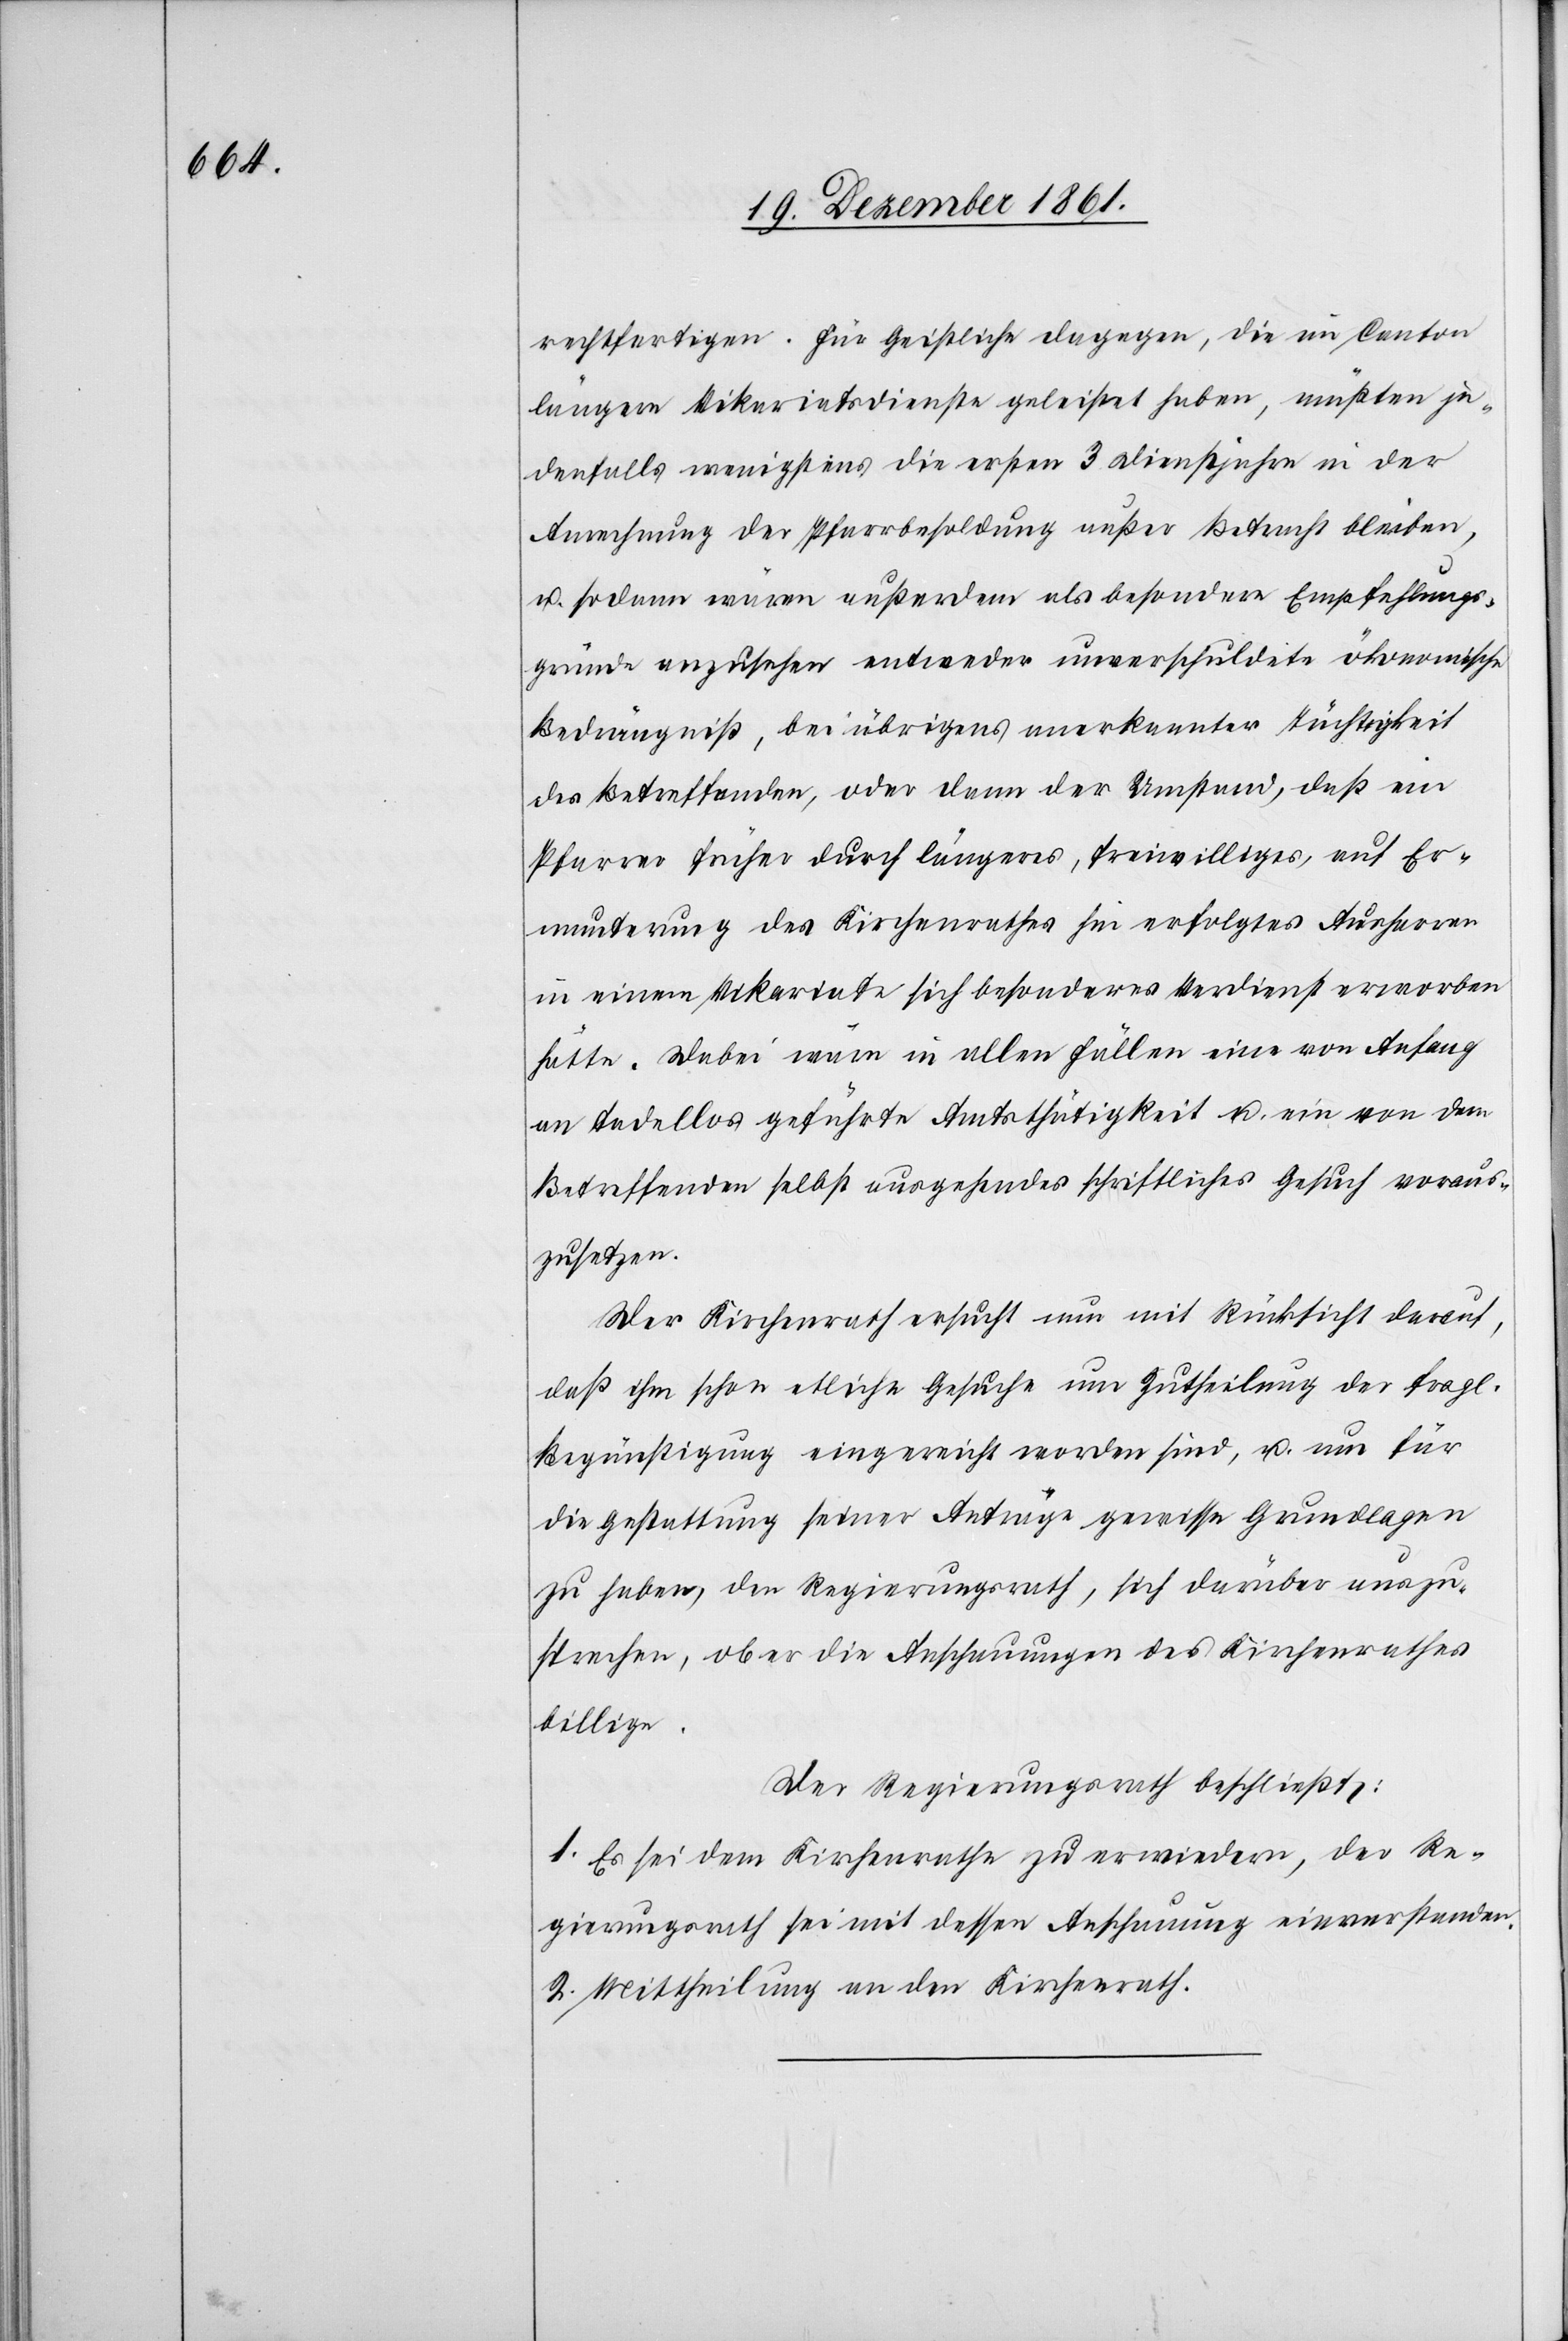
rechtfertigen. Für Geistliche dagegen, die im Canton
längere Vikariatsdienste geleistet haben, müßten je¬
denfalls wenigstens die ersten 3 Dienstjahre in der
Anrechnung der Pfarrbesoldung außer Betracht bleiben,
u. sodann wären außerdem als besondere Empfehlungs¬
gründe anzusehen entweder unverschuldete ökonomische
Bedrängniß, bei übrigens anerkannter Tüchtigkeit
des Betreffenden, oder dann der Umstand, daß ein
Pfarrer früher durch längeres, freiwilliges, auf Er¬
munterung des Kirchenrathes hin erfolgtes Ausharren
in einem Vikariate sich besonderes Verdienst erworben
hätte. Dabei wäre in allen Fällen eine von Anfang
an tadellos geführte Amtsthätigkeit u. ein von dem
Betreffenden selbst ausgehendes schriftliches Gesuch voraus¬
zusetzen.
Der Kirchenrath ersucht nun mit Rücksicht darauf,
daß ihm schon etliche Gesuche um Zutheilung der fragl.
Begünstigung eingereicht worden sind, u. um für
die Gestattung seiner Anträge gewisse Grundlagen
zu haben, den Regierungsrath, sich darüber auszu¬
sprechen, ob er die Anschauungen des Kirchenrathes
billige.
Der Regierungsrath beschließt:
1. Es sei dem Kirchenrathe zu erwiedern, der Re¬
gierungsrath sei mit dessen Anschauung einverstanden.
2. Mittheilung an den Kirchenrath.